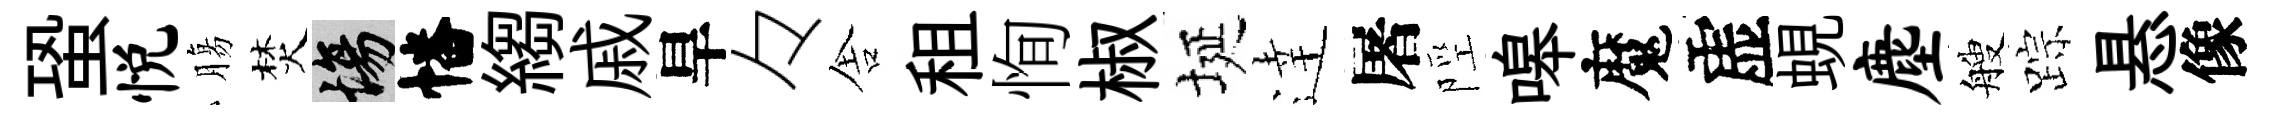
蛩悦膓焚場幡縐戚旱々舎租恂椒埏逹屠陘嗥魔虚蜆麈艘踪悬像